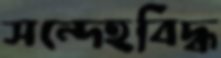
সন্দেহবিদ্ধ